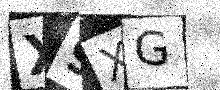
Text: X9XG